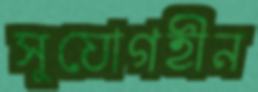
সুযোগহীন